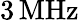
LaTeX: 3\, \mathrm{MHz}